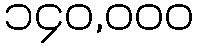
၁၄၀,၀၀၀